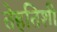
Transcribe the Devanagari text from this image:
तेहतिशी